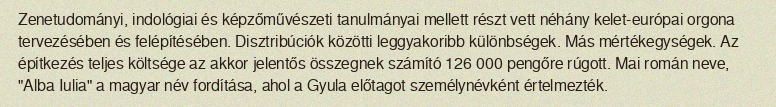
Zenetudományi, indológiai és képzőművészeti tanulmányai mellett részt vett néhány kelet-európai orgona tervezésében és felépítésében. Disztribúciók közötti leggyakoribb különbségek. Más mértékegységek. Az építkezés teljes költsége az akkor jelentős összegnek számító 126 000 pengőre rúgott. Mai román neve, "Alba Iulia" a magyar név fordítása, ahol a Gyula előtagot személynévként értelmezték.